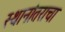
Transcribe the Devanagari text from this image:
स्थानांतराचा